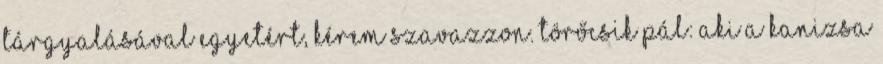
tárgyalásával egyetért, kérem szavazzon. Törőcsik Pál: Aki a Kanizsa